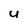
Character: U